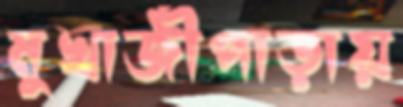
মুখার্জীপাড়ায়